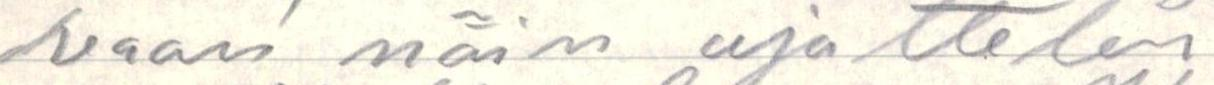
vaan näin ujattelen